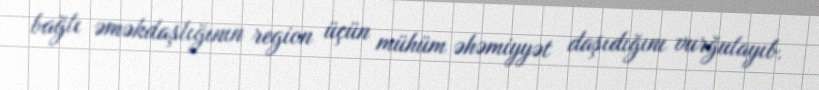
bağlı əməkdaşlığının region üçün mühüm əhəmiyyət daşıdığını vurğulayıb.